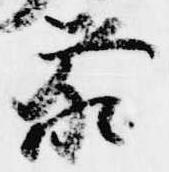
参